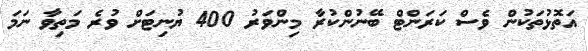
އަތޮޅުތަކުން ވެސް ކަރަންޓް ބޭނުންކުރާ މިންވަރު 400 ޔުނިޓަށް ވުރެ މަތިވާ ނަމަ